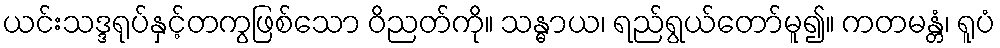
ယင်းသဒ္ဒရုပ်နှင့်တကွဖြစ်သော ဝိညတ်ကို။ သန္ဓာယ၊ ရည်ရွယ်တော်မူ၍။ ကတမန္တံ၊ ရူပံ